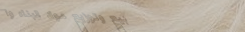
بيع وتوزيع مواد البناء وا